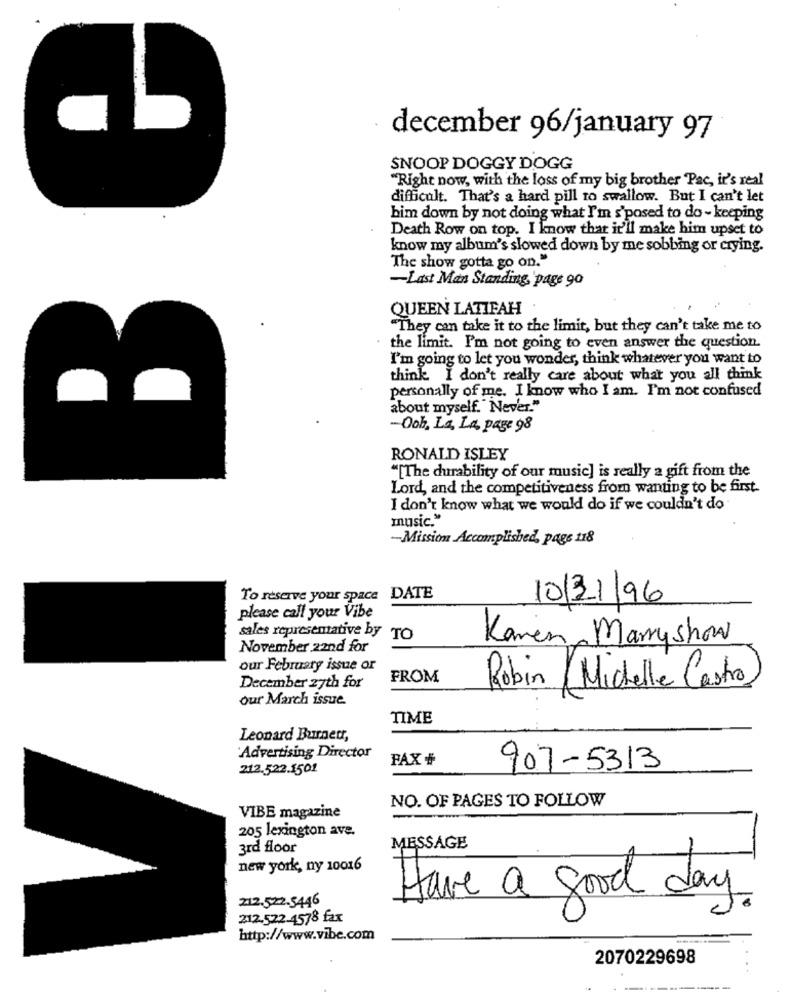
december 96/january 97
SNOOP DOGGY DOGG
"Right now, with the loss of my big brother Pac, it's real
difficult. That's a hard pill to swallow. But I can't let
him down by not doing what I'm s'posed to do - keeping
Death Row on top. I know that it'll make him upset to
know my album's slowed down by me sobbing or crying.
The show gotta go on."
-Last Man Standing,'page 90
B
QUEEN LATIFAH
"They can take it to the limit, but they can't take me to
the limit. I'm not going to even answer the question.
I'm going to let you wonder, think whatever you want to
think I don't really care about what you all think
personally of me. I know who I am. I'm not confused
about myself. " Never."
-Ooh, La, La, page 98
RONALD ISLEY
"[The durability of our music] is really a gift from the
Lord, and the competitiveness from wanting to be first-
I don't know what we would do if we couldn't do
music."
-Mission Accomplished, page 118
To reserve your space DATE
10/11/96
please call your Vibe
sales representative by TO
Karen Marryshow
November 22nd for
our February issue or
FROM
December 27th for
Robin / Michelle Castro
our March issue.
TIME
Leonard Burnett,
'Advertising Director
PAX #
212.522.1501
907-5313
NO. OF PAGES TO FOLLOW
VIBE magazine
205 lexington ave.
3rd floor
MESSAGE
new york, ny 10016
212.522-5446
Have a good day
212.522-4578 fax
http://www.vibe.com
2070229698